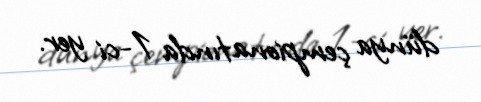
dünya çempionatında 1-ci yer.